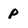
Character: p